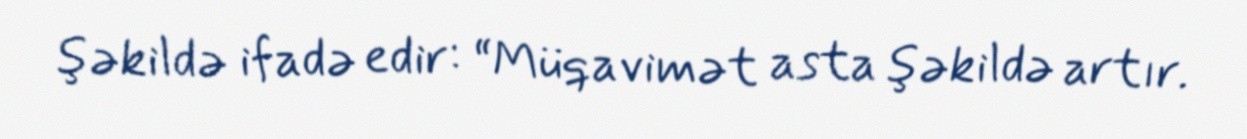
şəkildə ifadə edir: “Müqavimət asta şəkildə artır.